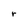
Character: r